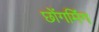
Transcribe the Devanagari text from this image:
छोंगमिंग